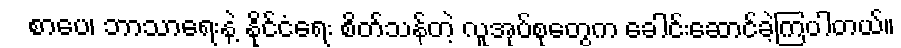
စာပေ၊ ဘာသာရေးနဲ့ နိုင်ငံရေး စိတ်သန်တဲ့ လူအုပ်စုတွေက ခေါင်းဆောင်ခဲ့ကြပါတယ်။